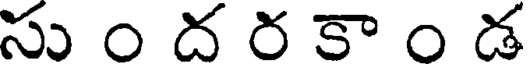
సు ం ద ర కా ం డ